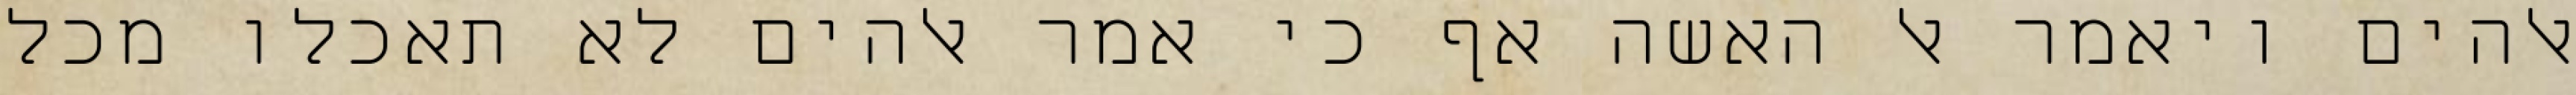
אלהים ויאמר אל האשה אף כי אמר אלהים לא תאכלו מכל